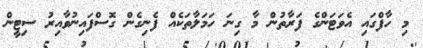
މި ހާފްގައި އެވަޓަންގެ ފަރާތުން މާ ގިނަ ހަމަލާތަކެއް ފެނިގެން ގޮސްފައިނުވާއިރު ސިޓީން